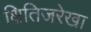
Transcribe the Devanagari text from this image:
क्षितिजरेखा